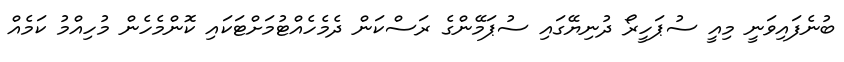
ބުނެފައިވަނީ މިއީ ސުޕަހީރޯ ދުނިޔޭގައި ސުޕަމޭންގެ ރަސްކަން ދެމެހެއްޓުމަށްޓަކައި ކޮންމެހެން މުހިއްމު ކަމެއް